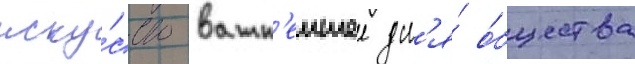
иску́сство важн'еишее дл'я́ о́бщества